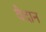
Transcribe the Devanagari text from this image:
वैदान